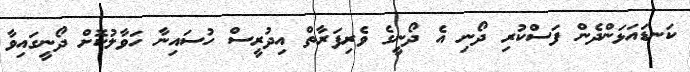
ކަނޑައަޅަންދެން ފަސްކުރި ދޯނި އެ ދޯނީގެ ވެރިފަރާތް އިދުރީސް ހުސައިނާ ހަވާލުކޮށް ދޯނީގައިވާ